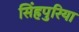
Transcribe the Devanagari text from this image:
सिंहपुरिया